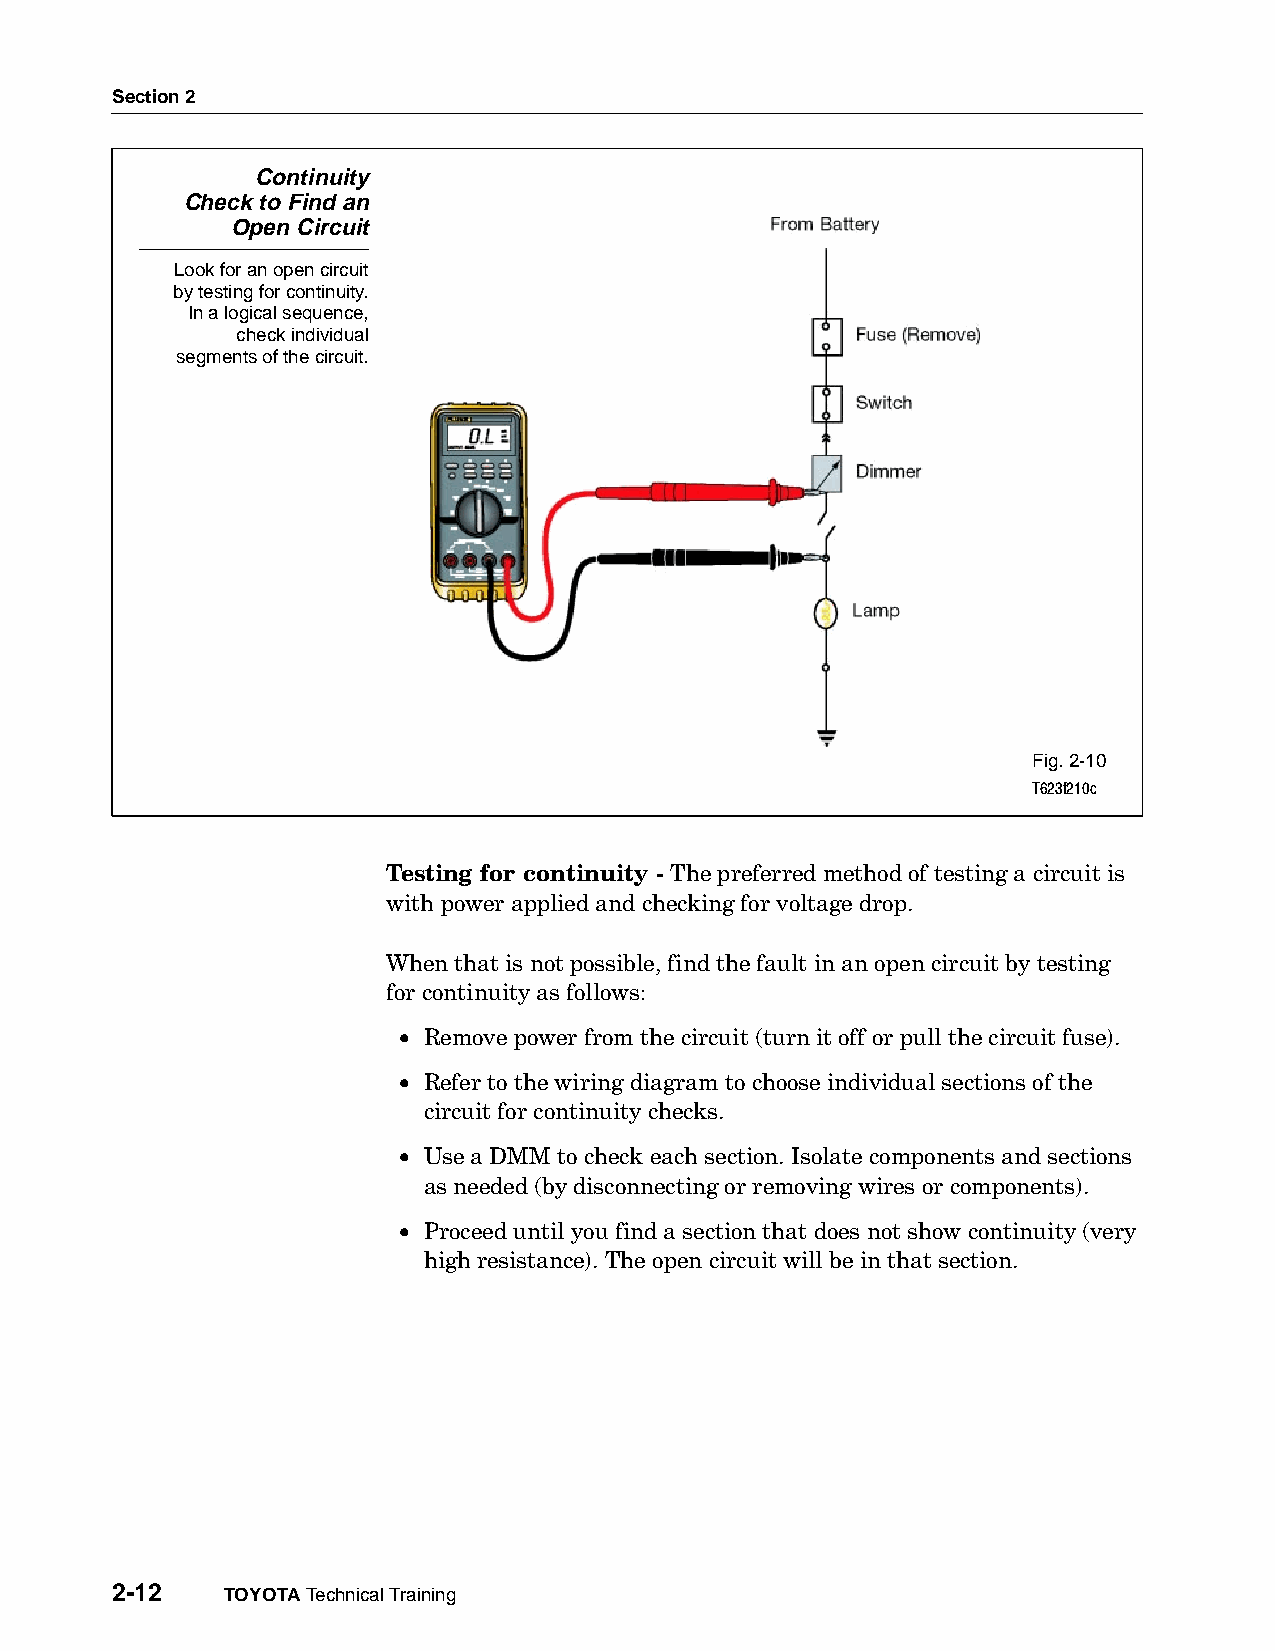
Section 2
 Continuity
 Check to Find an
 Open Circuit
 Look for an open circuit
 by testing for continuity.
 In a logical sequence,
 check individual
 segments of the circuit.
 Fig. 2-10
 T623f210c
 Testing for continuity - The preferred method of testing a circuit is
 with power applied and checking for voltage drop.
 When that is not possible, find the fault in an open circuit by testing
 for continuity as follows:
 • Remove power from the circuit (turn it off or pull the circuit fuse).
 • Refer to the wiring diagram to choose individual sections of the
 circuit for continuity checks.
 • Use a DMM to check each section. Isolate components and sections
 as needed (by disconnecting or removing wires or components).
 • Proceed until you find a section that does not show continuity (very
 high resistance). The open circuit will be in that section.
 2-12    TOYOTA Technical Training